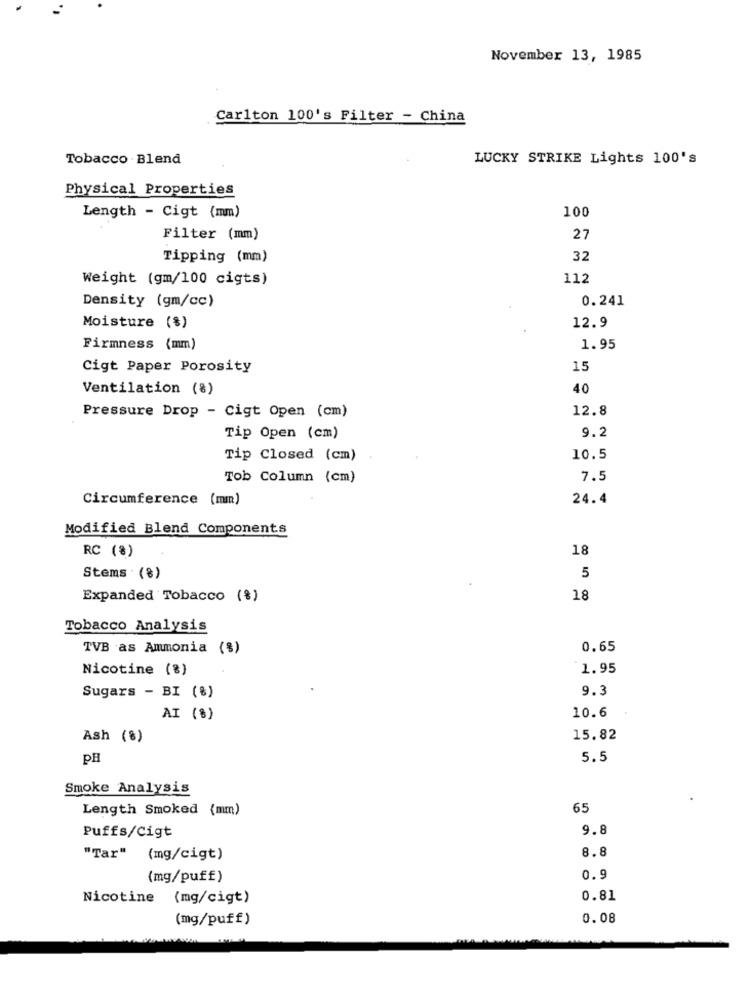
November 13, 1985
Carlton 100's Filter - China
Tobacco Blend
LUCKY STRIKE Lights 100's
Physical Properties
100
Length - Cigt (mm)
Filter (mm)
27
Tipping (mm)
32
Weight (gm/100 cigts)
112
Density (gm/cc)
0.241
12.9
Moisture (%)
Firmness (mm)
1.95
Cigt Paper Porosity
15
Ventilation (%)
40
12.8
Pressure Drop - Cigt Open (cm)
9.2
Tip Open (cm)
Tip Closed (cm)
10.5
Tob Column (cm)
7.5
Circumference (mm)
24.4
Modified Blend Components
RC (%)
18
Stems (%)
5
Expanded Tobacco (%)
18
Tobacco Analysis
TVB as Ammonia (%)
0.65
Nicotine (%)
1.95
9.3
Sugars - BI (%)
10.6
AI (%)
Ash (8)
15.82
PH
5.5
Smoke Analysis
Length Smoked (mm)
65
Puffs/Cigt
9.8
8.8
"Tar" (mg/cigt)
(mg/puff)
0.9
Nicotine (mg/cigt)
0.81
(mg/puff)
0.08